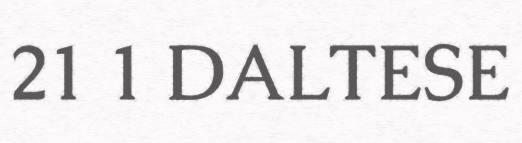
21 1 DALTESE